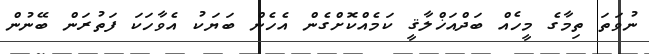
ނުވަތަ ތިމާގެ މީހެއް ބަދްއަޚްލާޤީ ކަމެއްކޮށްގެން އެހެން ބަޔަކު އެވާހަކަ ފަތުރަން ބޭނުން